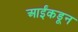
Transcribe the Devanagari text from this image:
आईंकडून